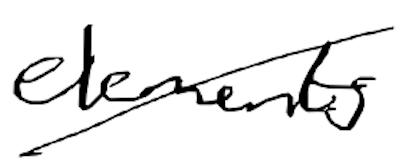
Text: elements
Cross-out: diagonal
Writing tool: digital_black